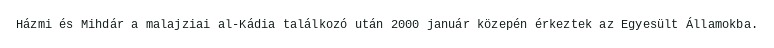
Házmi és Mihdár a malajziai al-Kádia találkozó után 2000 január közepén érkeztek az Egyesült Államokba.